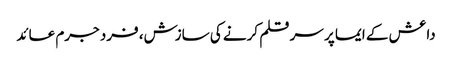
داعش کے ایما پر سر قلم کرنے کی سازش، فرد جرم عائد